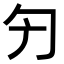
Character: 𠣐